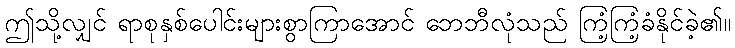
ဤသို့လျှင် ရာစုနှစ်ပေါင်းများစွာကြာအောင် ဘေဘီလုံသည် ကြံ့ကြံ့ခံနိုင်ခဲ့၏။